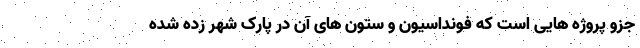
جزو پروژه هایی است که فونداسیون و ستون های آن در پارک شهر زده شده